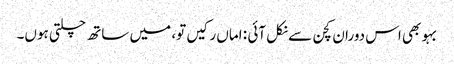
بہو بھی اس دوران کچن سے نکل آئی : اماں رکیں تو، میں ساتھ چلتی ہوں۔